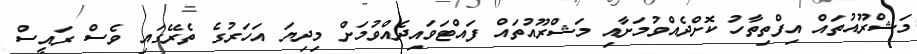
މަޝްރޫއުތައް އިފްތިތާހު ކޮށްދެއްވުމަށާއި މަޝްރޫއުތައް ފައްޓަވައިދެއްވުމަށް މިދިޔަ އަހަރުގެ ތެރޭގައި ވެސް ރައީސް